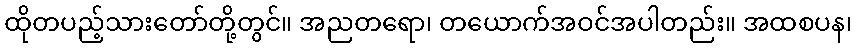
ထိုတပည့်သားတော်တို့တွင်။ အညတရော၊ တယောက်အဝင်အပါတည်း။ အထစပန၊